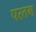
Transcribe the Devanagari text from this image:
परतम